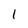
Character: 1